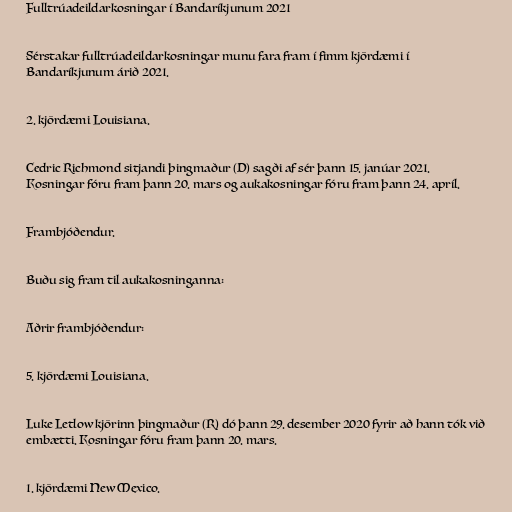
Fulltrúadeildarkosningar í Bandaríkjunum 2021

Sérstakar fulltrúadeildarkosningar munu fara fram í fimm kjördæmi í
Bandaríkjunum árið 2021.

2. kjördæmi Louisiana.

Cedric Richmond sitjandi þingmaður (D) sagði af sér þann 15. janúar 2021.
Kosningar fóru fram þann 20. mars og aukakosningar fóru fram þann 24. apríl.

Frambjóðendur.

Buðu sig fram til aukakosninganna:

Aðrir frambjóðendur:

5. kjördæmi Louisiana.

Luke Letlow kjörinn þingmaður (R) dó þann 29. desember 2020 fyrir að hann tók við
embætti. Kosningar fóru fram þann 20. mars.

1. kjördæmi New Mexico.